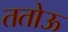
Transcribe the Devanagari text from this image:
ततोऊ